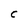
Character: C